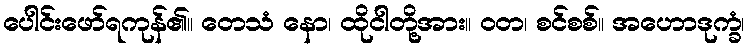
ပေါင်းဖော်ရကုန်၏။ တေသံ နော၊ ထိုငါတို့အား။ ဝတ၊ စင်စစ်။ အဟောဒုက္ခံ၊